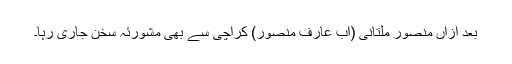
بعد ازاں منصور ملتانی (اب عارف منصور) کراچی سے بھی مشورئہ سخن جاری رہا۔